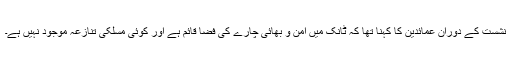
نشست کے دوران عمائدین کا کہنا تھا کہ ٹانک میں امن و بھائی چارے کی فضا قائم ہے اور کوئی مسلکی تنازعہ موجود نہیں ہے۔